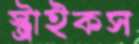
স্ট্রাইকস